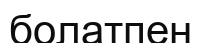
болатпен